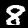
Label: 8